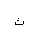
Letter: _tha